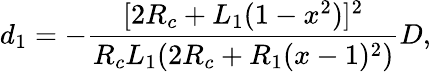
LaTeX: d_{1}=-\frac{[2R_{c}+L_{1}(1-x^{2})]^{2}}{R_{c}L_{1}(2R_{c}+R_{1}(x-1)^{2})}D,